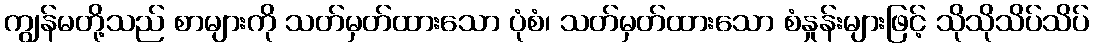
ကျွန်မတို့သည် စာများကို သတ်မှတ်ထားသော ပုံစံ၊ သတ်မှတ်ထားသော စံနှုန်းများဖြင့် သိုသိုသိပ်သိပ်